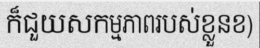
ក៏ជួយសកម្មភាពរបស់ខ្លួនខ)